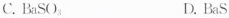
C.BaSO_{3} D.BaS